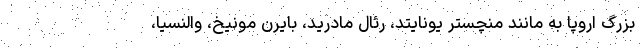
بزرگ اروپا به مانند منچستر يونايتد، رئال مادريد، بايرن مونيخ، والنسيا،